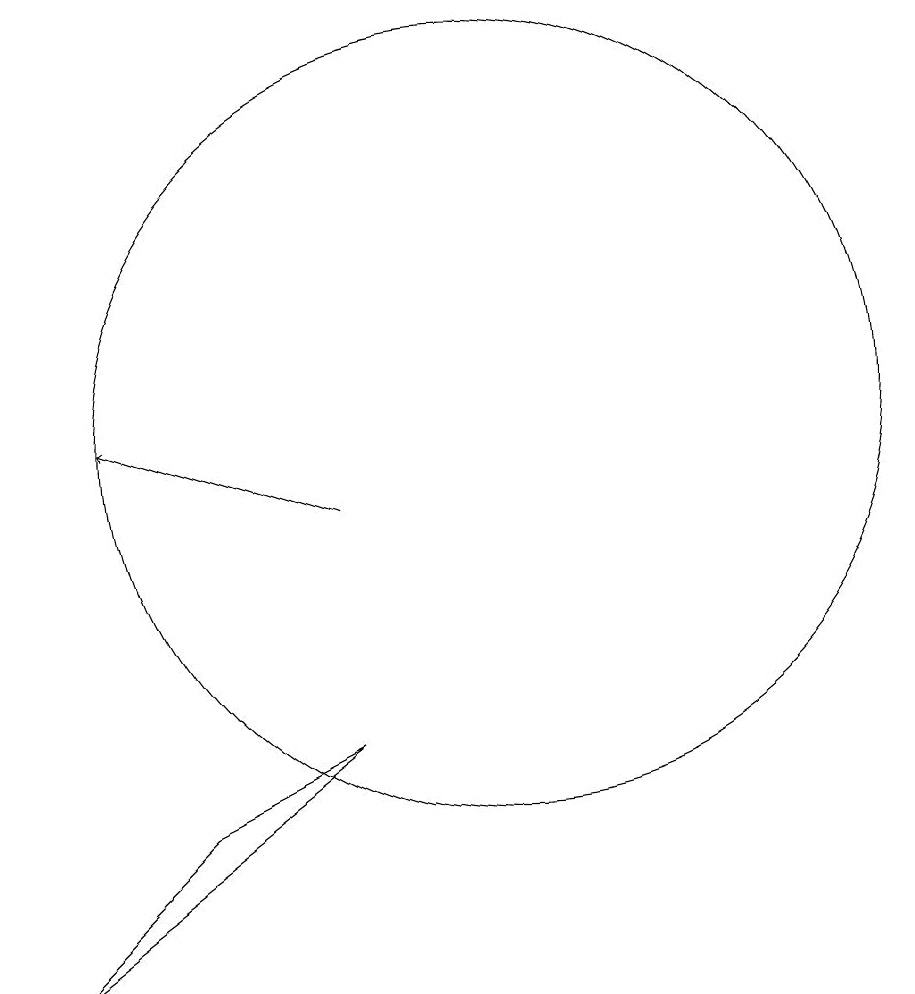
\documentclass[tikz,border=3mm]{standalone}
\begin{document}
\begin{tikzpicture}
\draw (11,11) circle (5);
\draw (9,7) -- (5,4) -- (7,6) -- cycle;
\draw[->] (9,10) -- (6,11);
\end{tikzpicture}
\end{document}